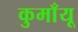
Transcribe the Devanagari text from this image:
कुमाँयू